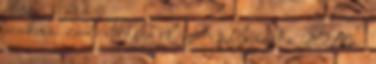
szakmai zsűri bírálja el. A pályázat a 2018 -